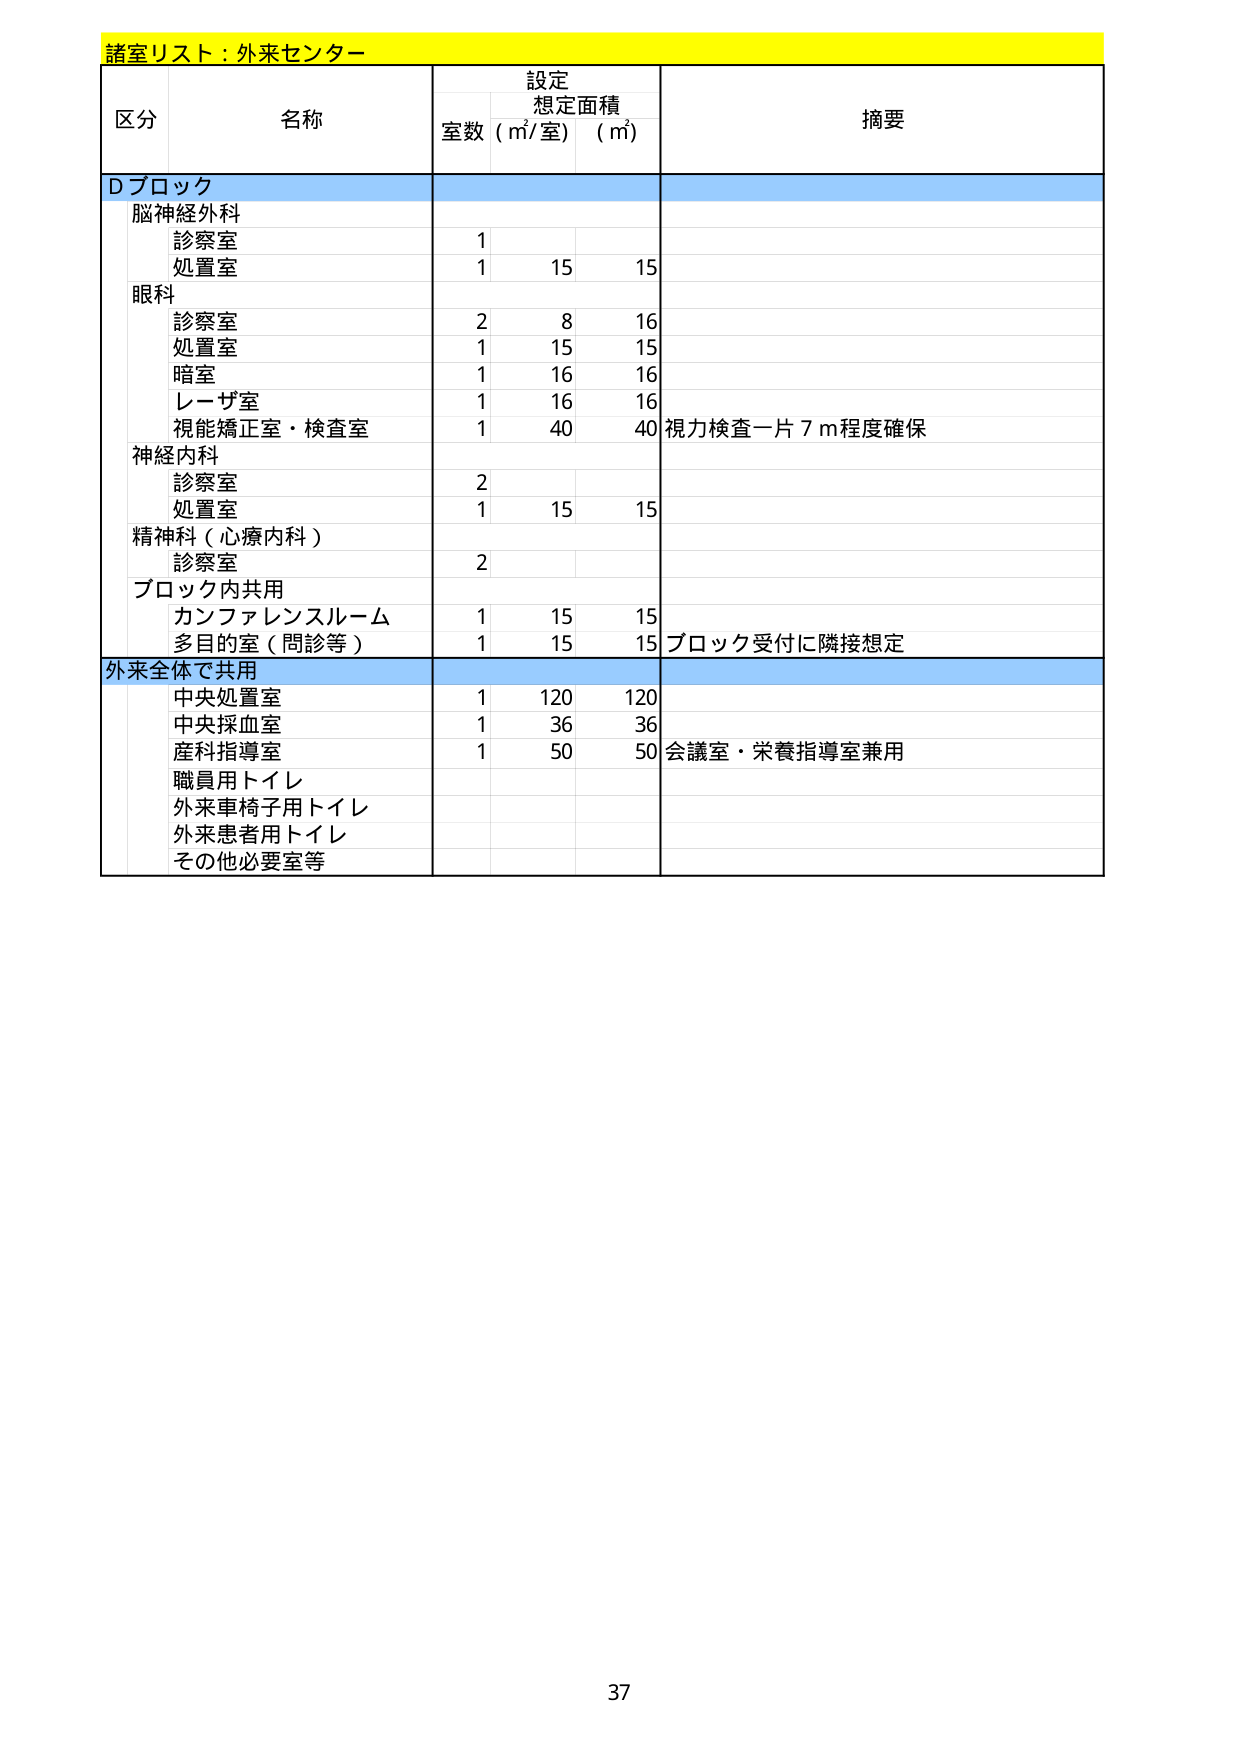
諸室リスト：外来センター

区分 名称 設定 想定面積 摘要
室数（㎡/室）（㎡）

Dブロック
脳神経外科
診察室 1
処置室 1 15 15

眼科
診察室 2 8 16
処置室 1 15 15
暗室 1 16 16
レーザ室 1 16 16
視能矯正室・検査室 1 40 40 視力検査一片7m程度確保

神経内科
診察室 2
処置室 1 15 15

精神科（心療内科）
診察室 2

ブロック内共用
カンファレンスルーム 1 15 15
多目的室（問診等） 1 15 15 ブロック受付に隣接想定

外来全体で共用
中央処置室 1 120 120
中央採血室 1 36 36
産科指導室 1 50 50 会議室・栄養指導室兼用
職員用トイレ
外来車椅子用トイレ
外来患者用トイレ
その他必要室等

37